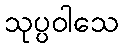
သုပ္ပဝါသေ